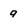
Character: 9